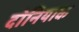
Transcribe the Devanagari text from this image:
दोनियाक